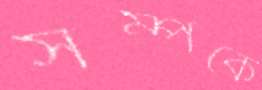
সম্পর্কে